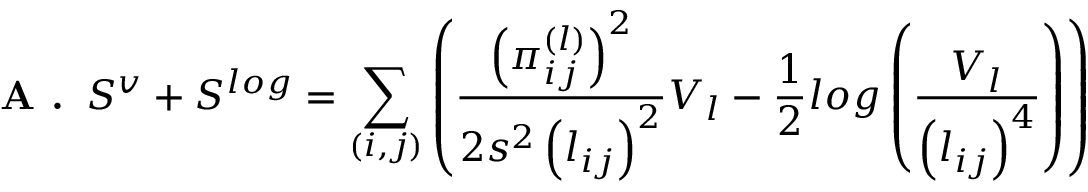
\textbf { A . } \, S ^ { v } + S ^ { l o g } = \sum _ { ( i , j ) } \left( \frac { \left( \pi _ { i j } ^ { ( l ) } \right) ^ { 2 } } { 2 s ^ { 2 } \left( l _ { i j } \right) ^ { 2 } } V _ { l } - \frac { 1 } { 2 } l o g \left( \frac { V _ { l } } { \left( l _ { i j } \right) ^ { 4 } } \right) \right)